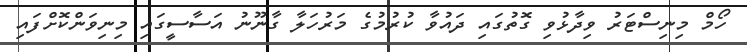
ހޯމް މިނިސްޓަރު ވިދާޅުވި ގޮތުގައި ދައުވާ ކުރުމުގެ މަރުހަލާ ގާނޫނު އަސާސީގައި މިނިވަންކޮށްފައި